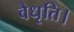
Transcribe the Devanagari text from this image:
वैधृति।